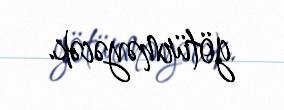
götürməyəcək.